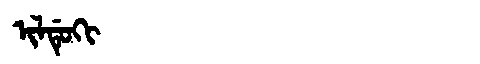
Manchu: ᡳᠯᡩᡠᡴᡳ
Romanization: ILDUKI